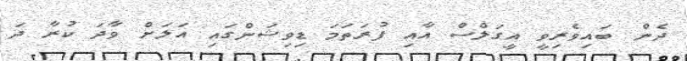
ދެން ބައިވެރިވީ އީގަލްސް އާއި ފުރަތަމަ ޑިވިޝަންގައި އަލަށް ވާދަ ކުރާ ދަ